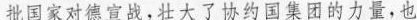
批国家对德宣战，壮大了协约国集团的力量，也